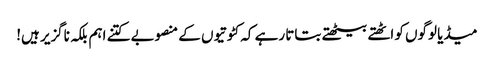
میڈیا لوگوں کو اٹھتے بیٹھتے بتاتا رہے کہ کٹوتیوں کے منصوبے کتنے اہم بلکہ ناگزیر ہیں!